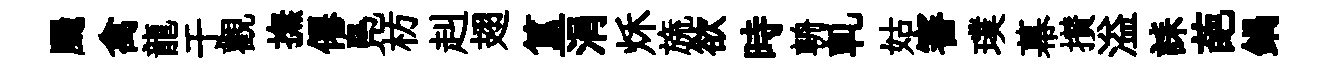
颺禽龍于觀撫僊鳬枋赳翅簋涓秌旒欲時輈軋姑審璞幕攅溢誄葩鍋